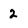
Character: 2